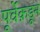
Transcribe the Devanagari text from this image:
पूर्वेक़डून